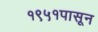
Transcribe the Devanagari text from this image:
१९५१पासून